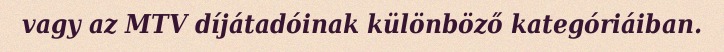
vagy az MTV díjátadóinak különböző kategóriáiban.